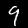
Digit: 9